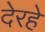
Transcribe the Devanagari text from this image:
देरहे